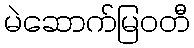
မဲဆောက်မြဝတီ